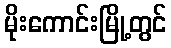
မိုးကောင်းမြို့တွင်